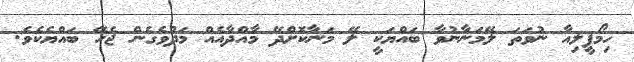
ހިމޯފީލިއާ ނުވަތަ ލޭމަނާނުވާ ބައްޔަކީ ލޭ މަނާކޮށްދޭ މާއްދާއެއް މަދުވެގެން ޖެހޭ ބައްޔެކެވެ.